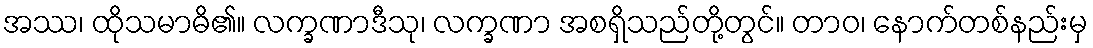
အဿ၊ ထိုသမာဓိ၏။ လက္ခဏာဒီသု၊ လက္ခဏာ အစရှိသည်တို့တွင်။ တာဝ၊ နောက်တစ်နည်းမှ